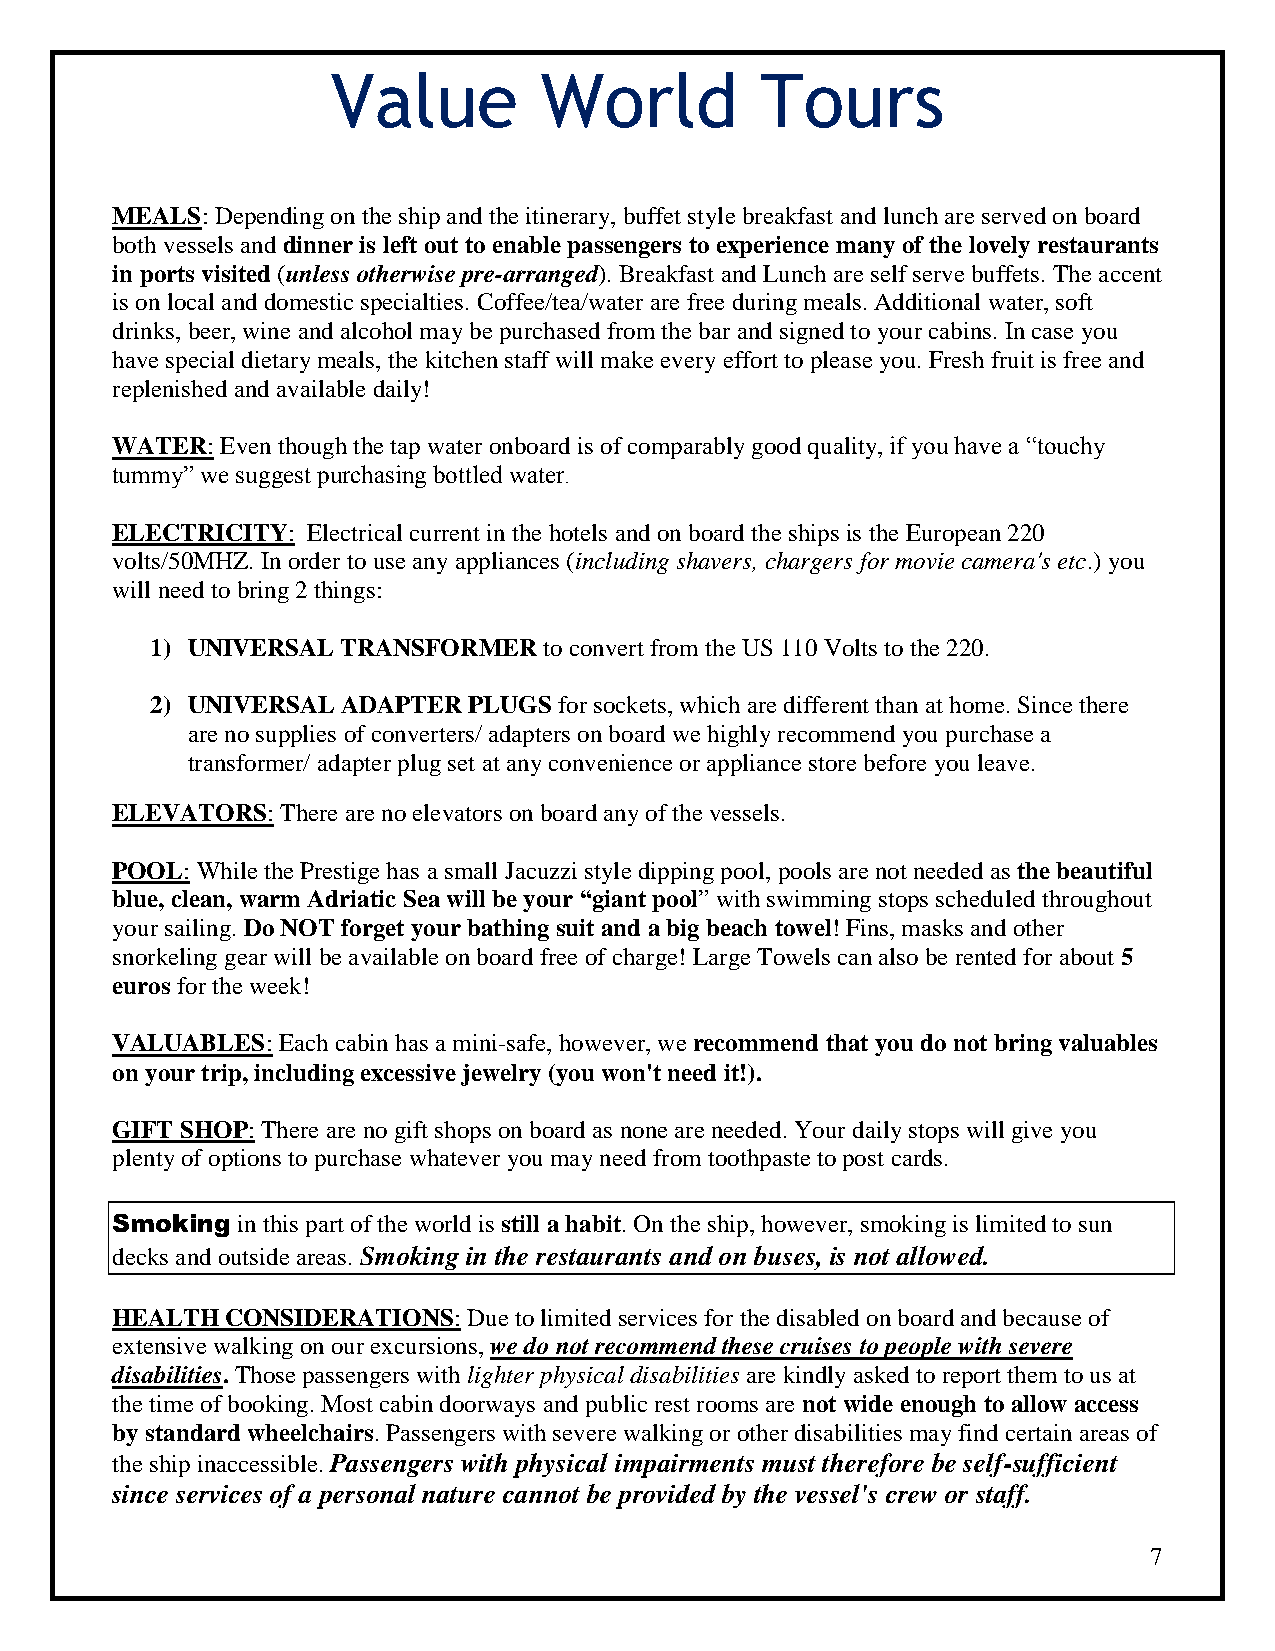
Value         World         Tours
 MEALS: Depending on the ship and the itinerary, buffet style breakfast and lunch are served on board
 both vessels and dinner is left out to enable passengers to experience many of the lovely restaurants
 in ports visited (unless otherwise pre-arranged). Breakfast and Lunch are self serve buffets. The accent
 is on local and domestic specialties. Coffee/tea/water are free during meals. Additional water, soft
 drinks, beer, wine and alcohol may be purchased from the bar and signed to your cabins. In case you
 have special dietary meals, the kitchen staff will make every effort to please you. Fresh fruit is free and
 replenished and available daily!
 WATER:  Even though the tap water onboard is of comparably good quality, if you have a “touchy
 tummy” we suggest purchasing bottled water.
 ELECTRICITY: Electrical current in the hotels and on board the ships is the European 220
 volts/50MHZ. In order to use any appliances (including shavers, chargers for movie camera's etc.) you
 will need to bring 2 things:
 1) UNIVERSAL TRANSFORMER  to convert from the US 110 Volts to the 220.
 2) UNIVERSAL ADAPTER PLUGS for sockets, which are different than at home. Since there
 are no supplies of converters/ adapters on board we highly recommend you purchase a
 transformer/ adapter plug set at any convenience or appliance store before you leave.
 ELEVATORS:  There are no elevators on board any of the vessels.
 POOL: While the Prestige has a small Jacuzzi style dipping pool, pools are not needed as the beautiful
 blue, clean, warm Adriatic Sea will be your “giant pool” with swimming stops scheduled throughout
 your sailing. Do NOT forget your bathing suit and a big beach towel! Fins, masks and other
 snorkeling gear will be available on board free of charge! Large Towels can also be rented for about 5
 euros for the week!
 VALUABLES: Each cabin has a mini-safe, however, we recommend that you do not bring valuables
 on your trip, including excessive jewelry (you won't need it!).
 GIFT SHOP: There are no gift shops on board as none are needed. Your daily stops will give you
 plenty of options to purchase whatever you may need from toothpaste to post cards.
 Smoking  in this part of the world is still a habit. On the ship, however, smoking is limited to sun
 decks and outside areas. Smoking in the restaurants and on buses, is not allowed.
 HEALTH  CONSIDERATIONS: Due to limited services for the disabled on board and because of
 extensive walking on our excursions, we do not recommend these cruises to people with severe
 disabilities. Those passengers with lighter physical disabilities are kindly asked to report them to us at
 the time of booking. Most cabin doorways and public rest rooms are not wide enough to allow access
 by standard wheelchairs. Passengers with severe walking or other disabilities may find certain areas of
 the ship inaccessible. Passengers with physical impairments must therefore be self-sufficient
 since services of a personal nature cannot be provided by the vessel's crew or staff.
 7